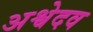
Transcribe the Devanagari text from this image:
अश्वेदव